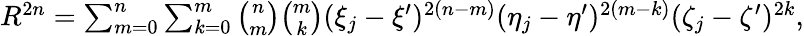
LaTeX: \begin{array}{r}{R^{2n}=\sum_{m=0}^{n}\sum_{k=0}^{m}\binom{n}{m}\binom{m}{k}(\xi_{j}-\xi^{\prime})^{2(n-m)}(\eta_{j}-\eta^{\prime})^{2(m-k)}(\zeta_{j}-\zeta^{\prime})^{2k},}\end{array}